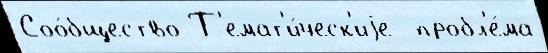
Соо́бщество Т'емат'и́ческ'иjе  пробл'е́ма